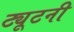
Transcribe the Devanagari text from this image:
ट्यूटनी